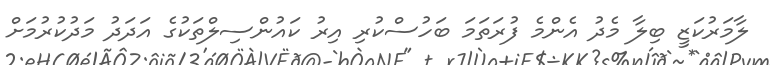
ލާމަރުކަޒީ ބިލާ މެދު އެންމެ ފުރަތަމަ ބަހުސްކުރި އިރު ކައުންސިލްތަކުގެ އަދަދު މަދުކުރުމަށް